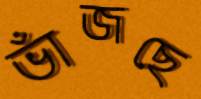
ভাঁজছে